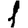
Digit: 1